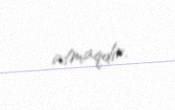
atmaqdır.